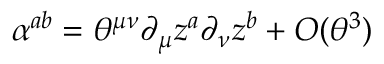
\alpha ^ { a b } = \theta ^ { \mu \nu } \partial _ { \mu } z ^ { a } \partial _ { \nu } z ^ { b } + O ( \theta ^ { 3 } )